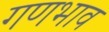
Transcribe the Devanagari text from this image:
गणभाव